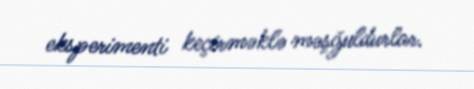
eksperimenti keçirməklə məşğuldurlar.